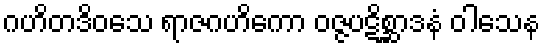
ဂဟိတဒိဝသေ ရာဇဂဟိကော ဝဇ္ဇပဋိစ္ဆာဒနံ ဝါသေန